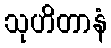
သုဟိတာနံ